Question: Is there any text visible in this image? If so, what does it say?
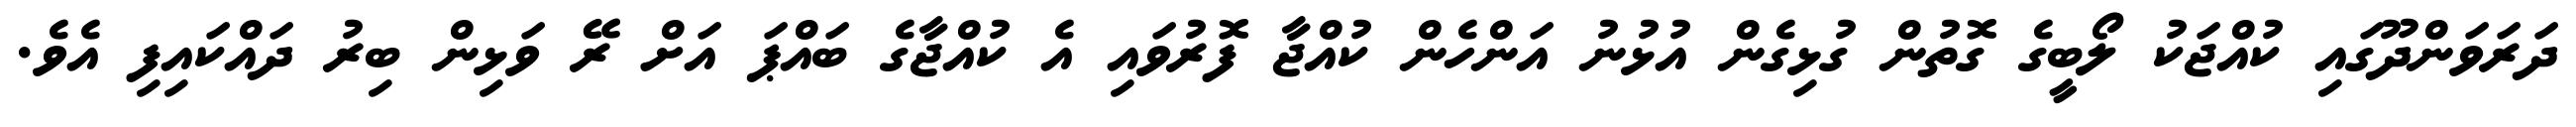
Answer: ދަރަވަންދޫގައި ކުއްޖަކު ލޯބީގެ ގޮތުން ގުޅިގެން އުޅުނު އަންހެން ކުއްޖާ ފޮރުވައި އެ ކުއްޖާގެ ބައްޕަ އަށް ރޭ ވަޅިން ބިރު ދައްކައިފި އެވެ.